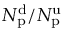
N _ { \mathrm { p } } ^ { \mathrm { d } } / N _ { \mathrm { p } } ^ { \mathrm { u } }